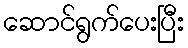
ဆောင်ရွက်ပေးပြီး